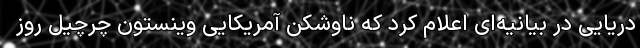
دریایی در بیانیه‌ای اعلام کرد که ناوشکن آمریکایی وینستون چرچیل روز